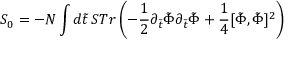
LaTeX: S _ { 0 } = - N \int d \tilde { t } \, S T r \left( - \frac { 1 } { 2 } \partial _ { \tilde { t } } \tilde { \Phi } \partial _ { \tilde { t } } \tilde { \Phi } + \frac { 1 } { 4 } [ \tilde { \Phi } , \tilde { \Phi } ] ^ { 2 } \right)